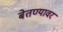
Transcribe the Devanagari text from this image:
बेतण्यावर